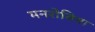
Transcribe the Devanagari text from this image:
मनरोविया